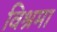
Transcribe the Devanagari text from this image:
विश्रमा